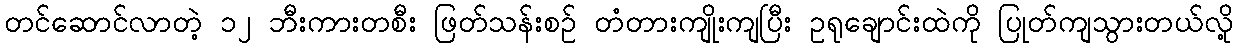
တင်ဆောင်လာတဲ့ ၁၂ ဘီးကားတစီး ဖြတ်သန်းစဉ် တံတားကျိုးကျပြီး ဥရုချောင်းထဲကို ပြုတ်ကျသွားတယ်လို့